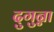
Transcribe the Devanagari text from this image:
दुगुन्ना